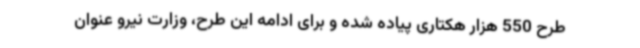
طرح 550 هزار هکتاری پیاده شده و برای ادامه این طرح، وزارت نیرو عنوان